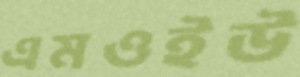
এমওইউ